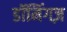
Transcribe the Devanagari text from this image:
डॉमिंगज़